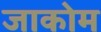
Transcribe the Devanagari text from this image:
जाकोम